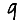
Digit: 9